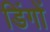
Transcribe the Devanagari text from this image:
डिंगों